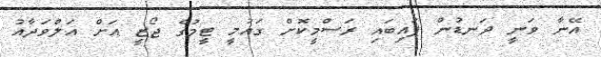
އޭނާ ވަނީ ދަނޑުން ފައިބައި ރަސްމީކޮށް ގައުމީ ޓީމުގެ ޖޯޒީ އަށް އަލްވަދާއު